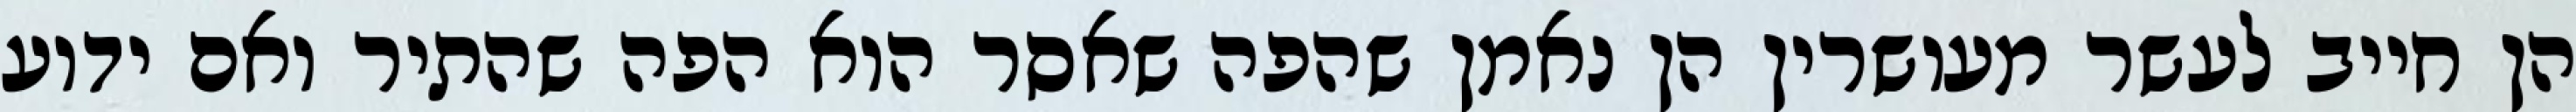
הן חייב לעשר מעושרין הן נאמן שהפה שאסר הוא הפה שהתיר ואם ידוע